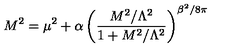
M ^ { 2 } = \mu ^ { 2 } + \alpha \left( \frac { M ^ { 2 } / \Lambda ^ { 2 } } { 1 + M ^ { 2 } / \Lambda ^ { 2 } } \right) ^ { \beta ^ { 2 } / 8 \pi }